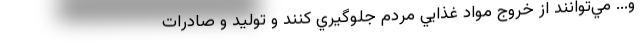
و... مي‌توانند از خروج مواد غذايي مردم جلوگيري كنند و توليد و صادرات